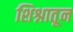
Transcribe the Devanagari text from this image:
शिश्नातून